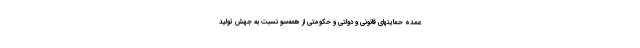
عمده حمایتهای قانونی و دولتی و حکومتی از همه‌سو نسبت به جهش تولید